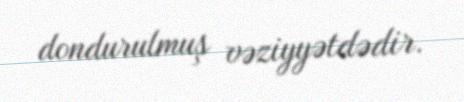
dondurulmuş vəziyyətdədir.